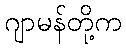
ဂျာမန်တို့က